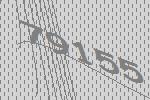
79155